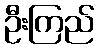
ဦးကြည်